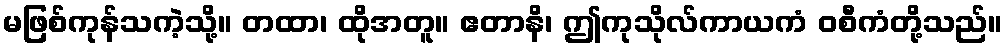
မဖြစ်ကုန်သကဲ့သို့။ တထာ၊ ထိုအတူ။ ဧတာနိ၊ ဤကုသိုလ်ကာယကံ ဝစီကံတို့သည်။